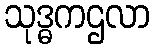
သုဒ္ဓကဌလာ